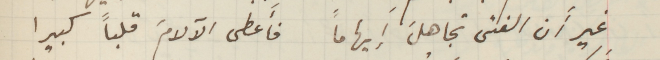
غير أَن الفتى تجاهلَ إيهامًا فأَعطى الآلامَ قلباً كبيرا